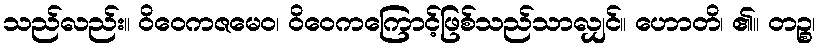
သည်လည်း။ ဝိဝေကဇမေဝ၊ ဝိဝေကကြောင့်ဖြစ်သည်သာလျှင်။ ဟောတိ၊ ၏။ တဉ္စ၊